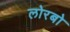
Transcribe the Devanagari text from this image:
लोरबो